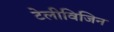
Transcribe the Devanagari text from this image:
टेलीविजिन